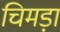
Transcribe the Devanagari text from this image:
चिमड़ा